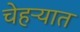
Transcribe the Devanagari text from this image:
चेहऱ्यात